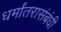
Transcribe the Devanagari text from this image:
धर्मांतरासंबंधी